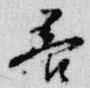
善